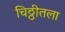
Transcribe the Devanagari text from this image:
चिठ्ठीतला